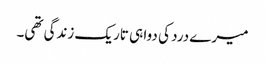
میرے درد کی دوا ہی تاریک زندگی تھی۔